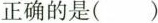
正确的是（ ）